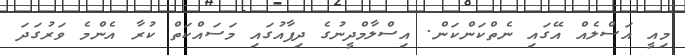
މިއީ އަސްލެއް އޭގައި ނެތްކަންކަން. އިސްލާމްދީނުގެ ދިފާއުގައި މަސައްކަތް ކުރާ އެންމެ ވަރުގަދަ